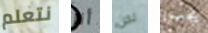
نتعلم أنا نحن يجب